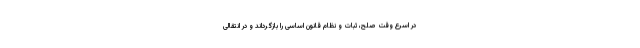
در اسرع وقت صلح، ثبات و نظام قانون اساسی را بازگرداند و در انتقالی